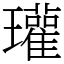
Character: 瓘